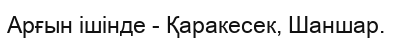
Арғын ішінде - Қаракесек, Шаншар.